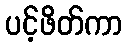
ပင့်ဖိတ်ကာ